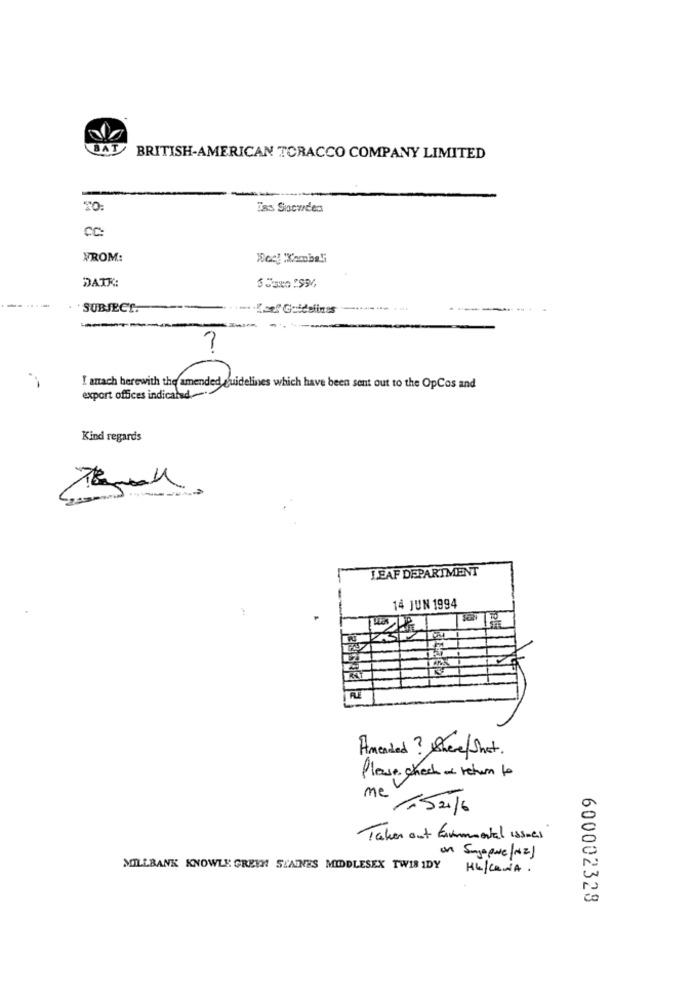
BAT
BRITISH-AMERICAN TORACCO COMPANY LIMITED
Ess Snowden
CC:
FROM:
Was' 'Kembali
DATK:
SUBJECT.
Koel Guidelines
---
I attach herewith the amended guidelines which have been sent out to the OpCos and
export offices indicarad ..
Kind regards
LEAF DEPARTMENT
14 JUN 1994
Amended? Sheve / Shat .
Please check a return to
me 152016
Taken out formmental issues
on Sugopale /M2)
MILLBANK KNOWLE GREEN STANES MIDDLESEX TWIN IDY KULCANA.
600002328